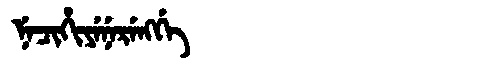
Manchu: ᠨᡝᠴᡳᡥᡳᠶᡝᠨᡝᡵᡝᠩᡤᡝ
Romanization: NECIHIYENERENGGE